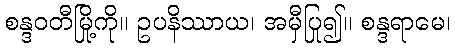
စန္ဒဝတီမြို့ကို။ ဥပနိဿာယ၊ အမှီပြု၍။ စန္ဒရာမေ၊